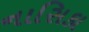
નાસિકા